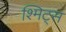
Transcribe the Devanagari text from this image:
श्मिट्स